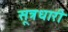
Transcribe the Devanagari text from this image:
सूत्रधारी